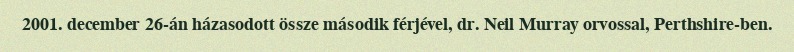
2001. december 26-án házasodott össze második férjével, dr. Neil Murray orvossal, Perthshire-ben.